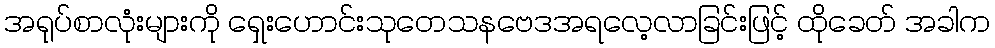
အရုပ်စာလုံးများကို ရှေးဟောင်းသုတေသနဗေဒအရလေ့လာခြင်းဖြင့် ထိုခေတ် အခါက